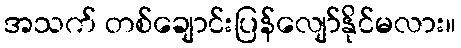
အသက် တစ်ချောင်းပြန်လျော်နိုင်မလား။